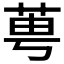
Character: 𦰝